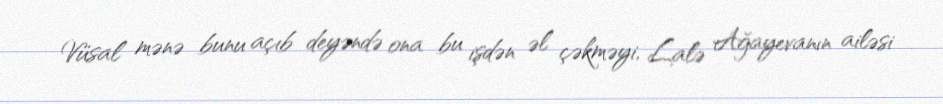
Vüsal mənə bunu açıb deyəndə ona bu işdən əl çəkməyi, Lalə Ağayevanın ailəsi